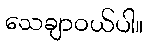
သေချာဝယ်ပါ။